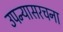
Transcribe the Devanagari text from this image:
उपन्यासरचना